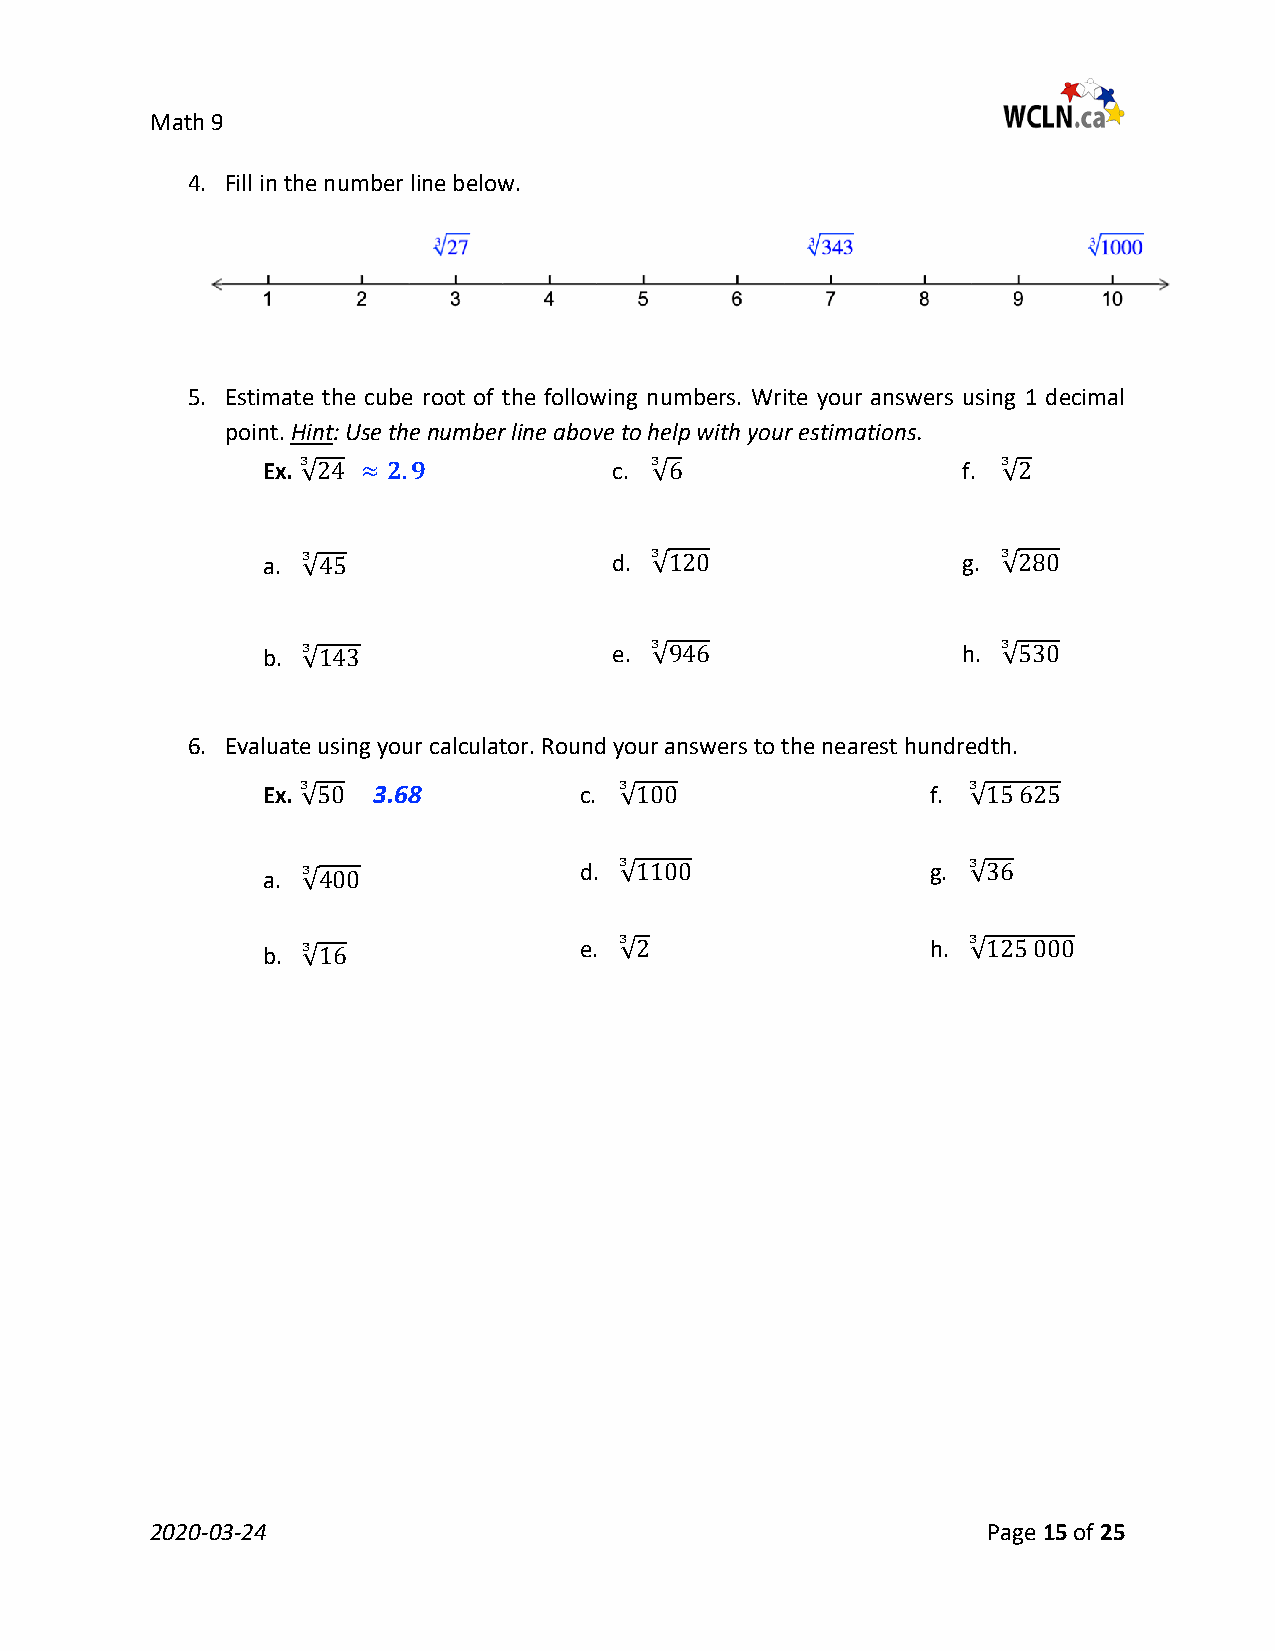
Math 9
 4. Fill in the number line below.
 5. Estimate the cube root of the following numbers. Write your answers using 1 decimal
 point. Hint: Use the number line above to help with your estimations.
 Ex.                     c.                     f.
 3                      3                      3
 √24 ≈ 𝟐𝟐.𝟒𝟒            √6                     √2
 a.                      d.                     g.
 3                      3                      3
 √45                    √120                   √280
 b.                      e.                     h.
 3                      3                      3
 √143                   √946                   √530
 6. Evaluate using your calculator. Round your answers to the nearest hundredth.
 Ex.     3.68         c.                      f.
 3                    3                      3
 √50                  √100                   √15 625
 d.                      g.
 a.
 3                      3
 3
 √400
 √1100                  √36
 e.                      h.
 b.
 3                      3
 3
 √16
 √2                     √125 000
 2020-03-24                                             Page 15 of 25